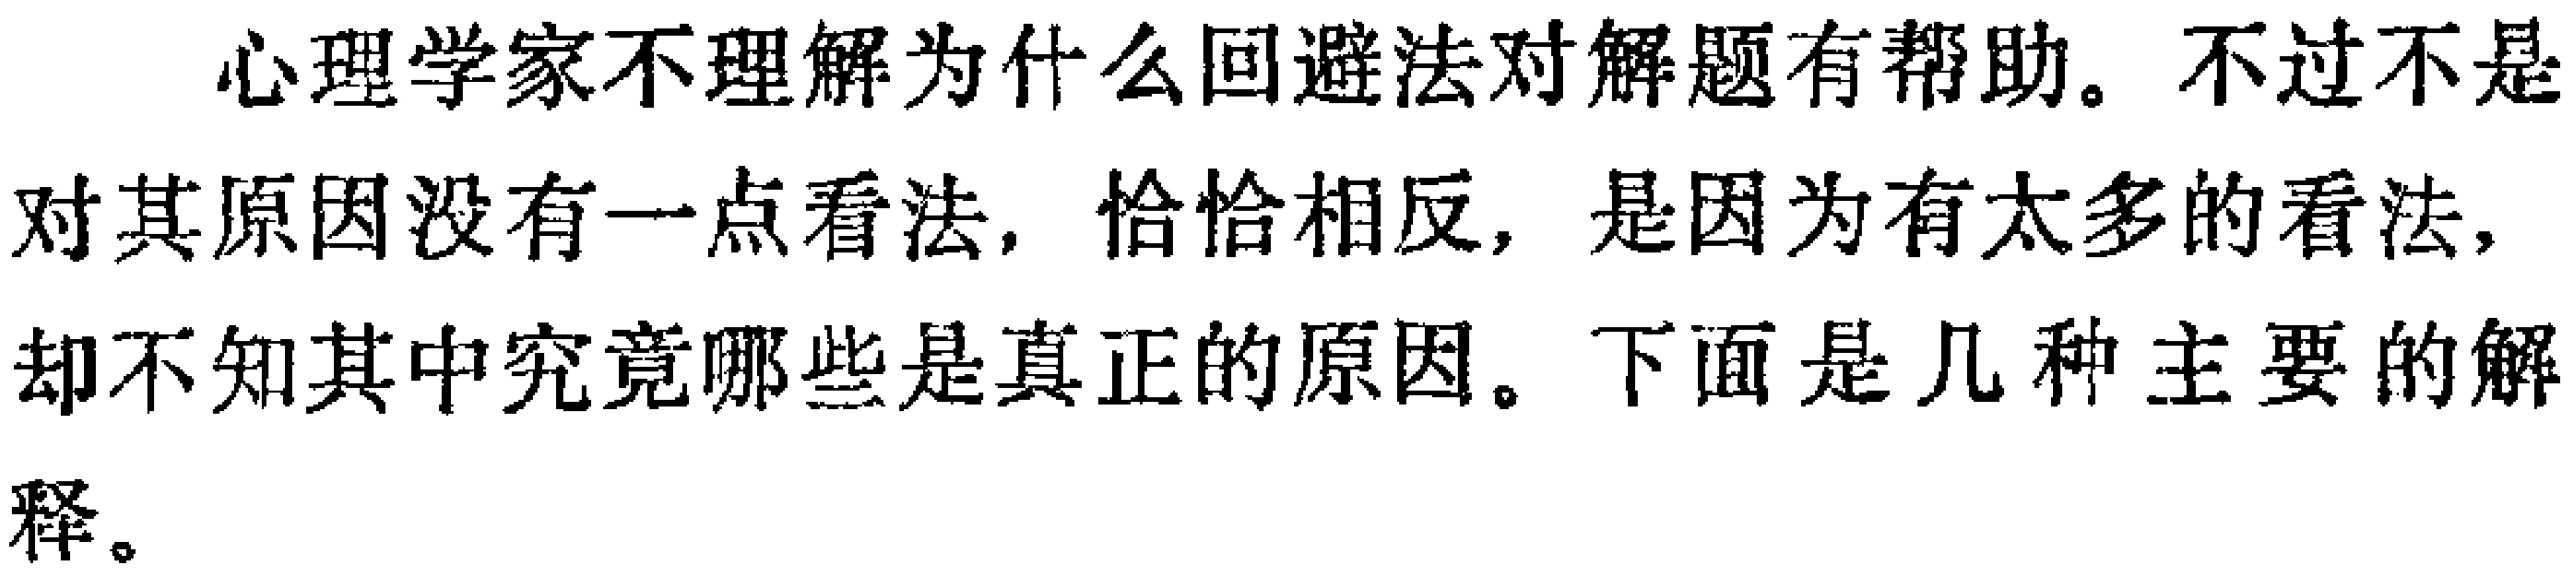
心理学家不理解为什么回避法对解题有帮助。不过不是对其原因没有一点看法，恰恰相反，是因为有太多的看法，却不知其中究竟哪些是真正的原因。下面是几种主要的解释。